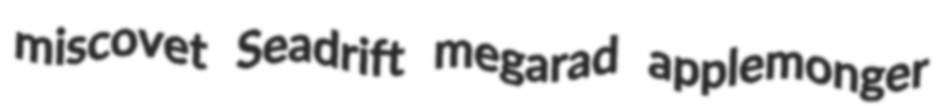
miscovet Seadrift megarad applemonger